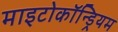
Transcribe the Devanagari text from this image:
माइटोकॉन्ड्रियम